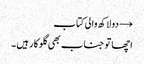
→ دو لاکھ والی کتاب
اچھا تو جناب بھی گلوکار ہیں ۔